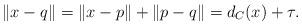
LaTeX: \begin{align*}\|x-q\|=\|x-p\|+\|p-q\|=d_C(x)+\tau.\end{align*}